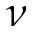
\nu